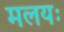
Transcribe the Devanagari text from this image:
मलयः